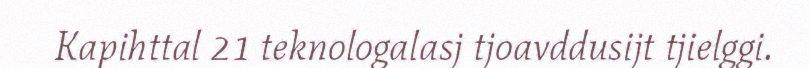
Kapihttal 21 teknologalasj tjoavddusijt tjielggi.